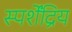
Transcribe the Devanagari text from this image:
स्पर्शेंद्रिय